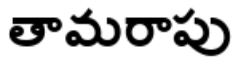
తామరాపు